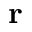
{ \bf r }